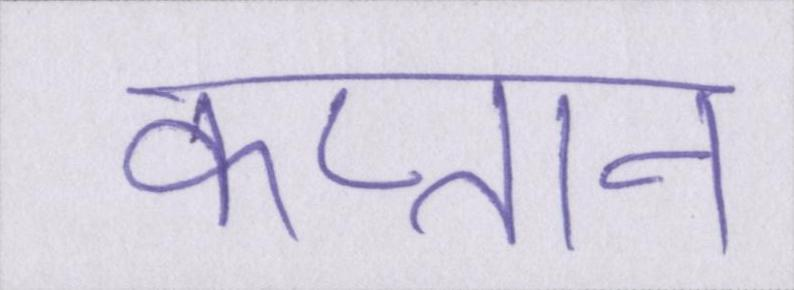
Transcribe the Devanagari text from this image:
कप्तान